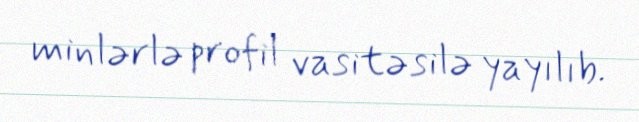
minlərlə profil vasitəsilə yayılıb.